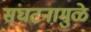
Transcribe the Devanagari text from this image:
संघटनामुळे